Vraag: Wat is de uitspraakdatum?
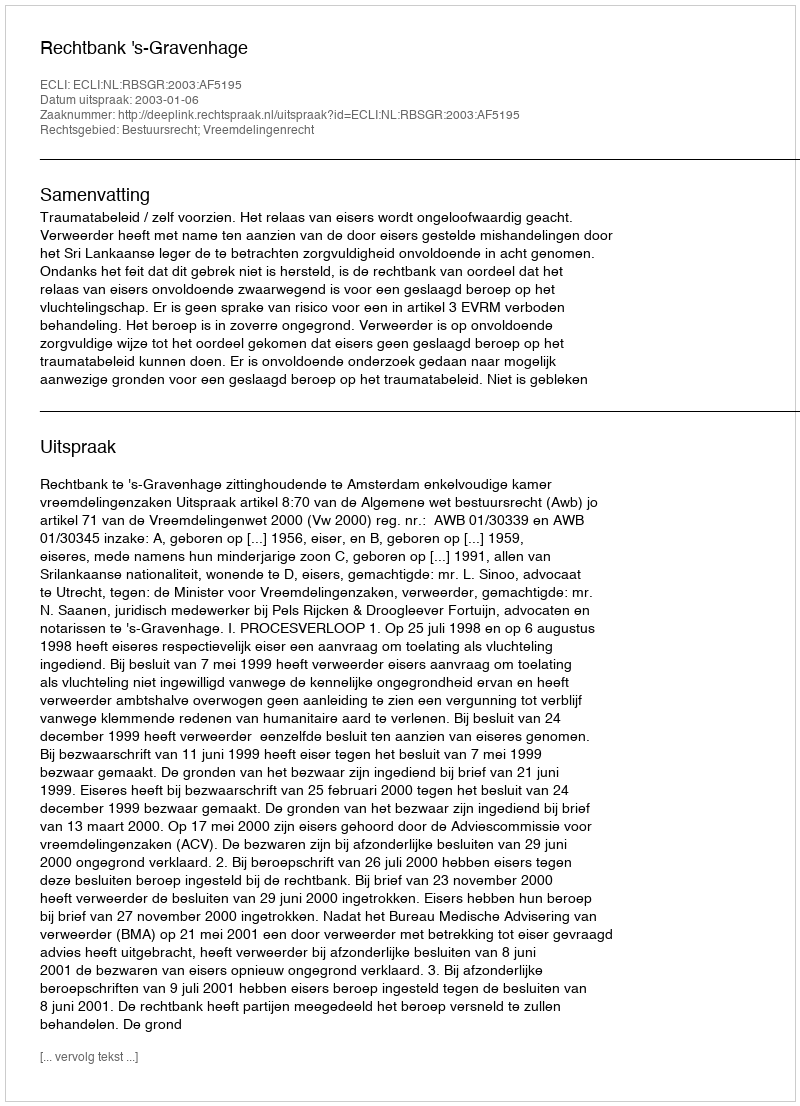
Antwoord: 2003-01-06